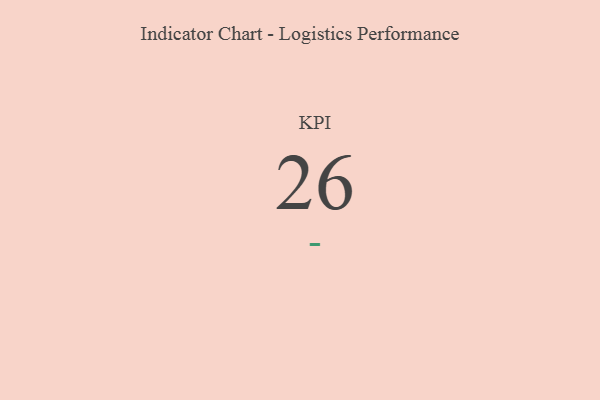
{"axis": {"x": "KPI", "y": "Value"}, "legend": [""], "data": [{"x": "KPI", "y": 26, "type": ""}]}